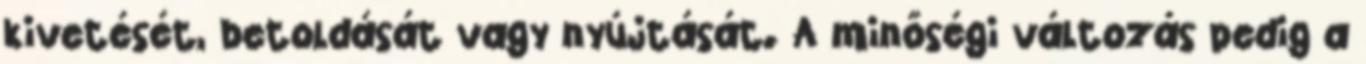
kivetését, betoldását vagy nyújtását. A minőségi változás pedig a